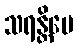
သရန္တိပေ